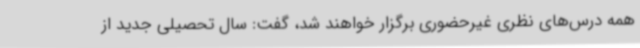
همه درس‌های نظری غیرحضوری برگزار خواهند شد، گفت: سال تحصیلی جدید از